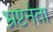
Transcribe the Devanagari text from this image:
भ्रष्टनेता